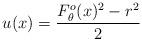
LaTeX: \begin{align*} u(x)=\frac{F_\theta^o(x)^2-r^2}{2} \end{align*}